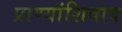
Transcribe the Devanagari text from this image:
प्राण्यांशिवाय